Leaving Certificate Examination, 1909
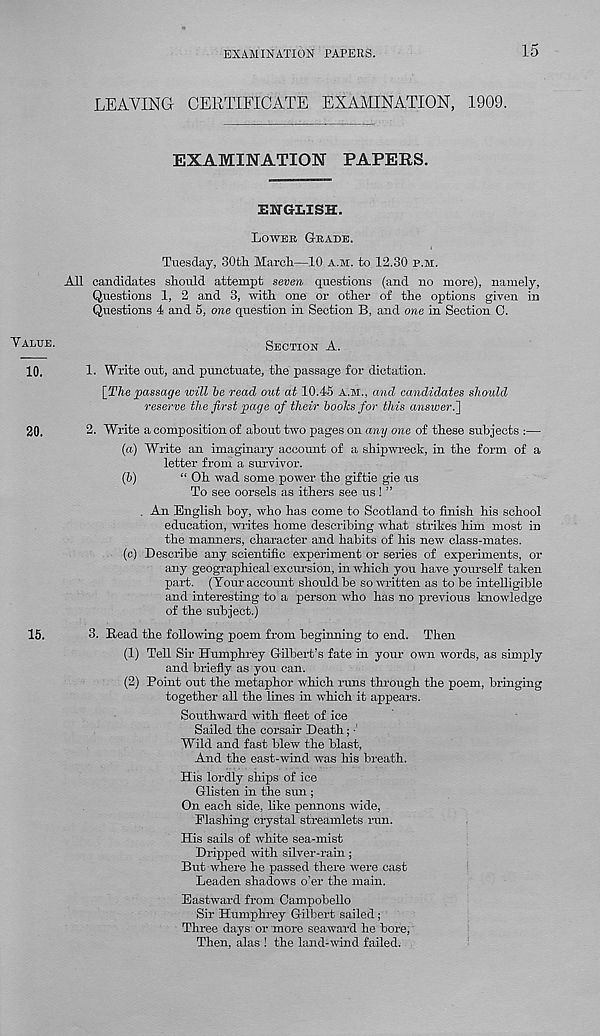
EXAMINATION PAPERS.
15
LEAVING CERTIFICATE EXAMINATION, 1909.
EXAMINATION PAPERS.
ENGLISH.
LOWER GRADE.
Tuesday, 30th. March—10 A.M. to 12.30 P.M.
All candidates should attempt seven questions (and no more), namely.
Questions 1, 2 and 3, with one or other of the options given in
Questions 4 and 5, one question in Section B, and one in Section 0.
"VALUE.
SECTION A.
10.
1. Write out, and punctuate, the passage for dictation.
[The passage will he read out at 10.45 A.M., and candidates should
reserve the first page of their books for this answer.[\
20.
2. Write a composition of about two pages on any one of these subjects :—
(a) Write an imaginary account of a shipwreck, in the form of a
letter from a survivor.
(b)
“ Oh wad some power the giftie gie us
To see oorsels as ithers see us! ”
. An English boy, who has come to Scotland to finish his school
education, writes home describing what strikes him most in
the manners, character and habits of his new class-mates.
(c) Describe any scientific experiment or series of experiments, or
any geographical excursion, in which you have yourself taken
part. (Tour account should be so written as to be intelligible
and interesting to a person who has no previous knowledge
of the subject.)
15.
3. Read the following poem from beginning to end. Then
(1) Tell Sir Humphrey Gilbert’s fate in your own words, as simply
and briefly as you can.
(2) Point out the metaphor which runs through the poem, bringing
together all the lines in which it appears.
Southward with fleet of ice
Sailed the corsair Death; ■'
Wild and fast blew the blast,
And the east-wind was his breath.
His lordly ships of ice
Glisten in the sun ;
On each side, like pennons wide,
Plashing crystal streamlets run.
His sails of white sea-mist
Dripped with silver-rain;
But where he passed there were cast
Leaden shadows o'er the main.
Eastward from Campobello
Sir Humphrey Gilbert sailed;
Three days or more seaward he bore,
Then, alas ! the hmd-wiird failed.